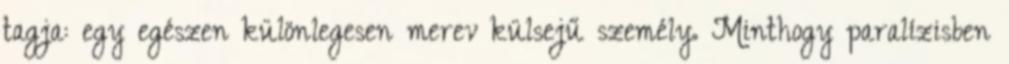
tagja: egy egészen különlegesen merev külsejű személy. Minthogy paralízisben